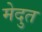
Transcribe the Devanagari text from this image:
मेदुत